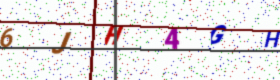
Text: 6JH4GH